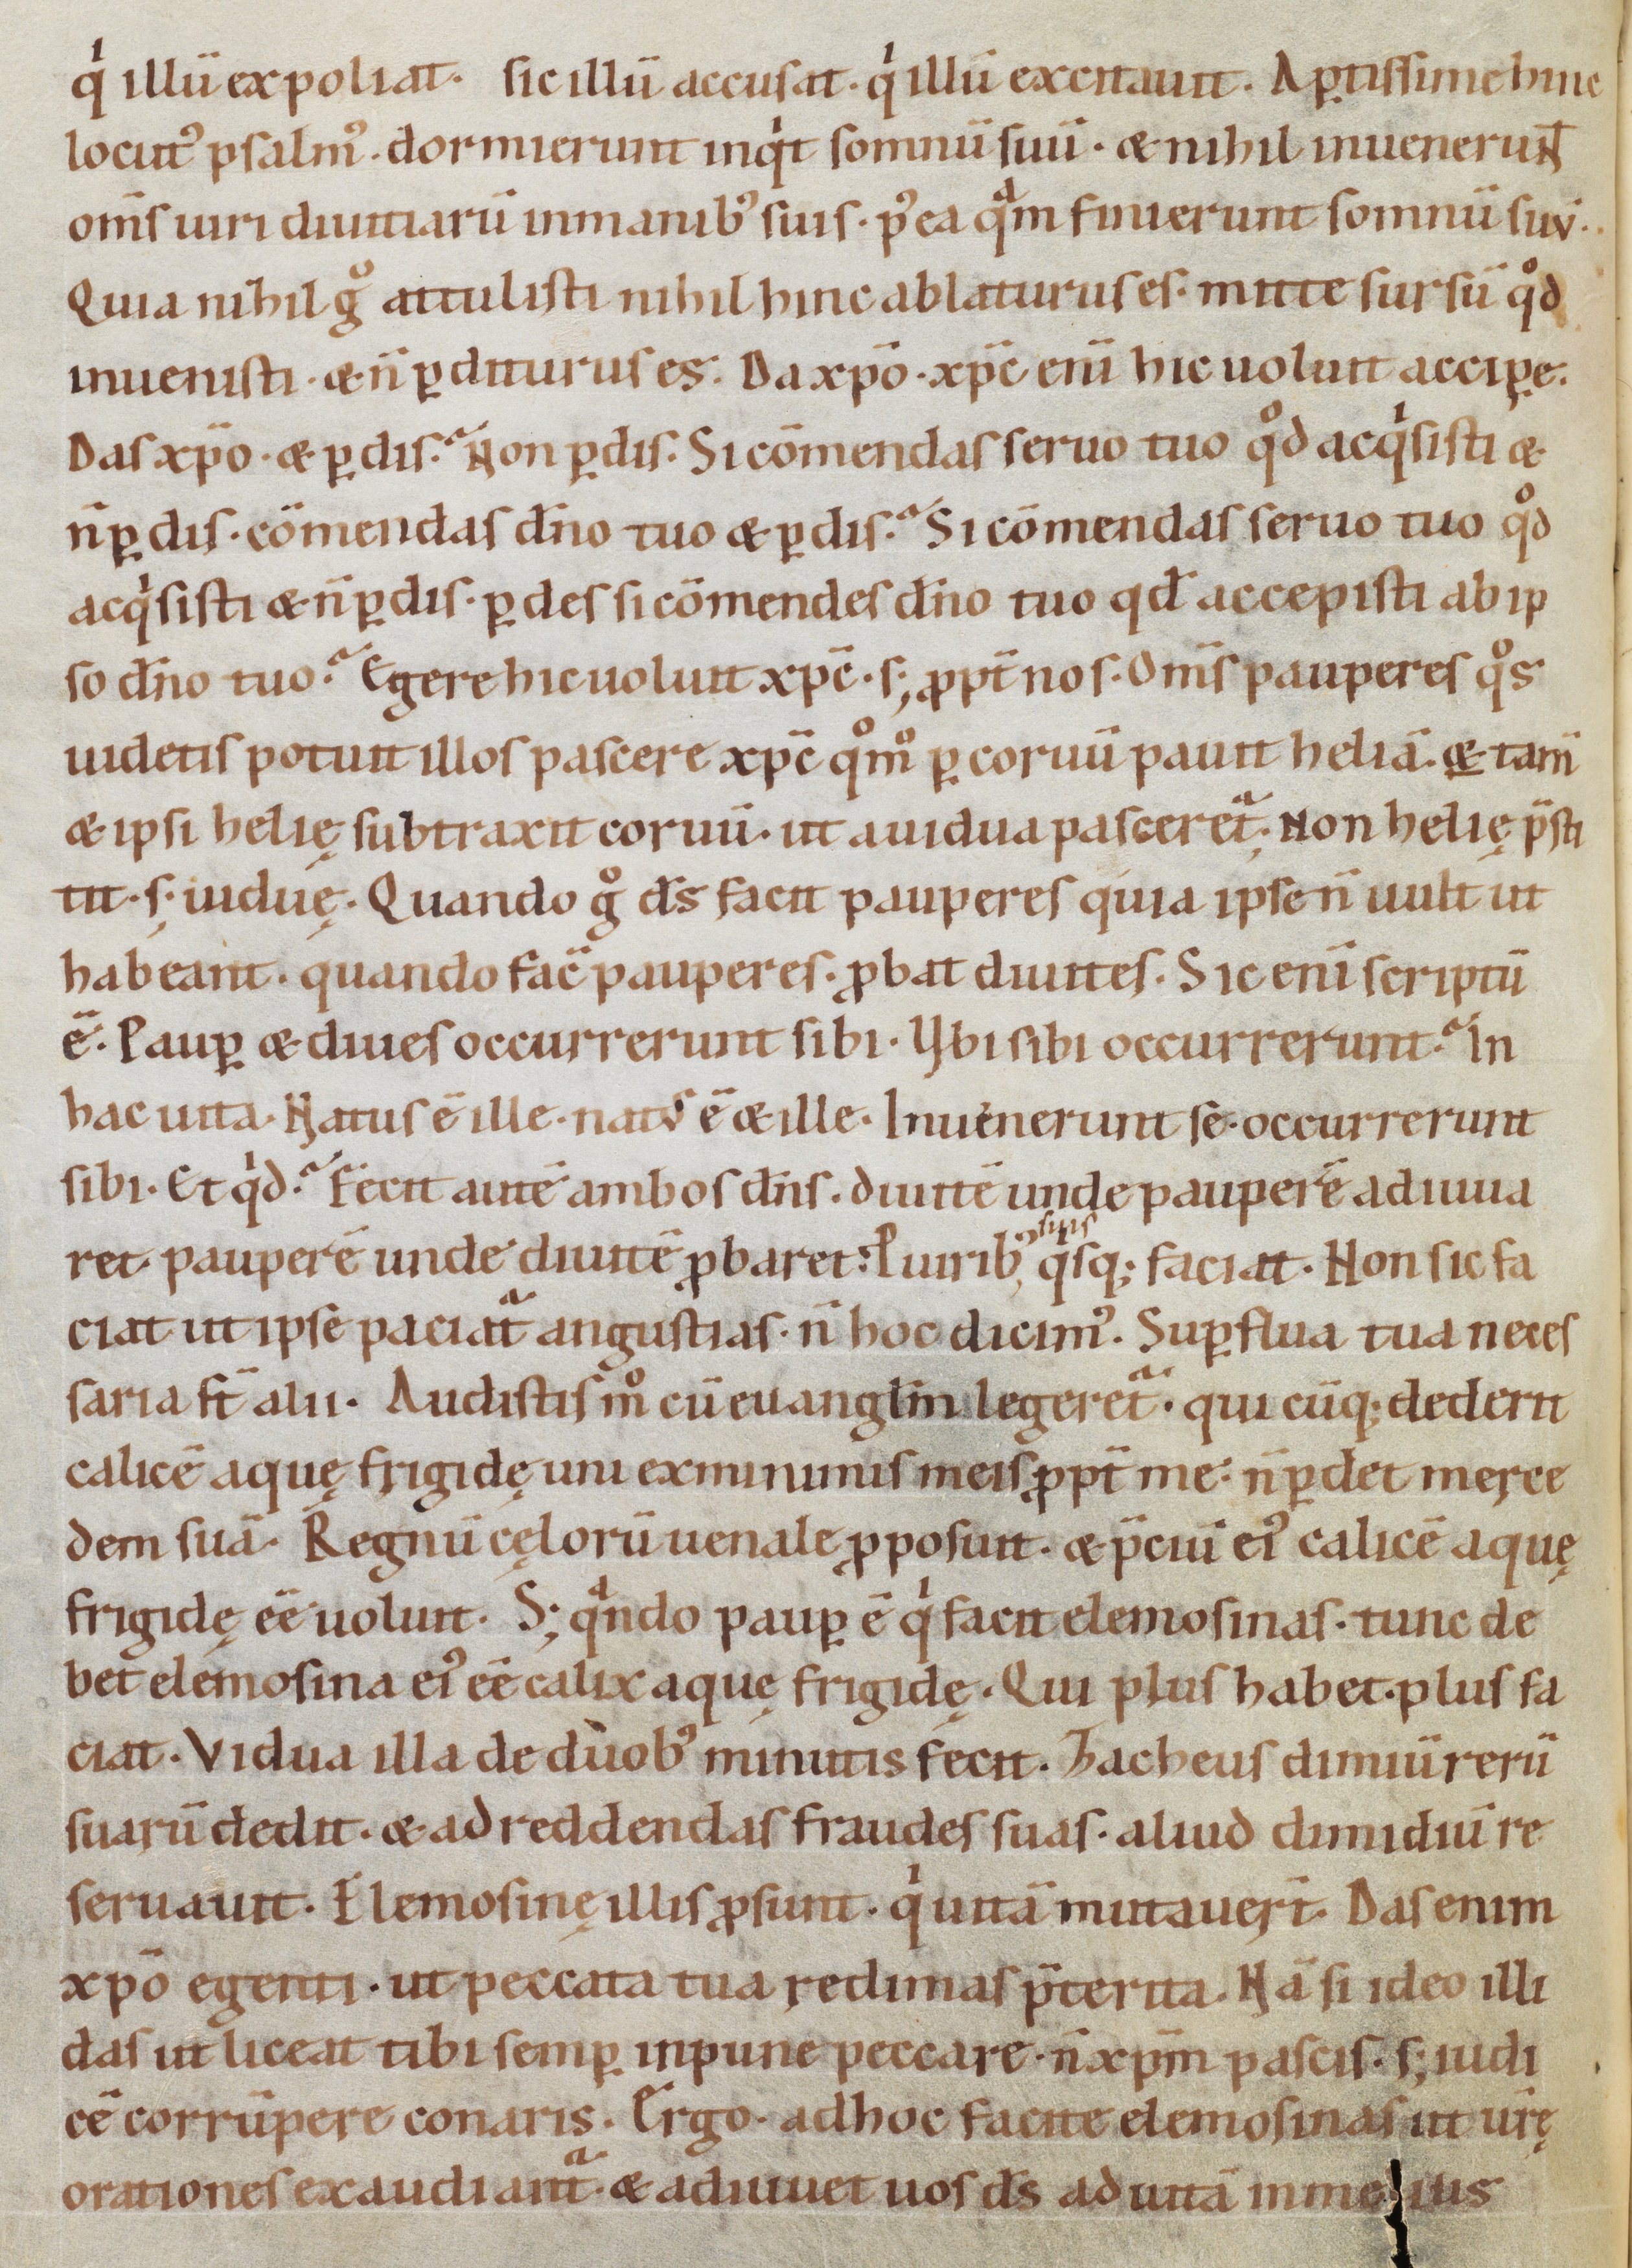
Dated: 1080–1096